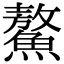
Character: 鰲